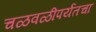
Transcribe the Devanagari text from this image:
चळवळीपर्यंतचा